Annual report of the Bengal Veterinary College and of the Civil Veterinary Department, Bengal, for the year 1913-1914 - 1913-1914
Year: 1913
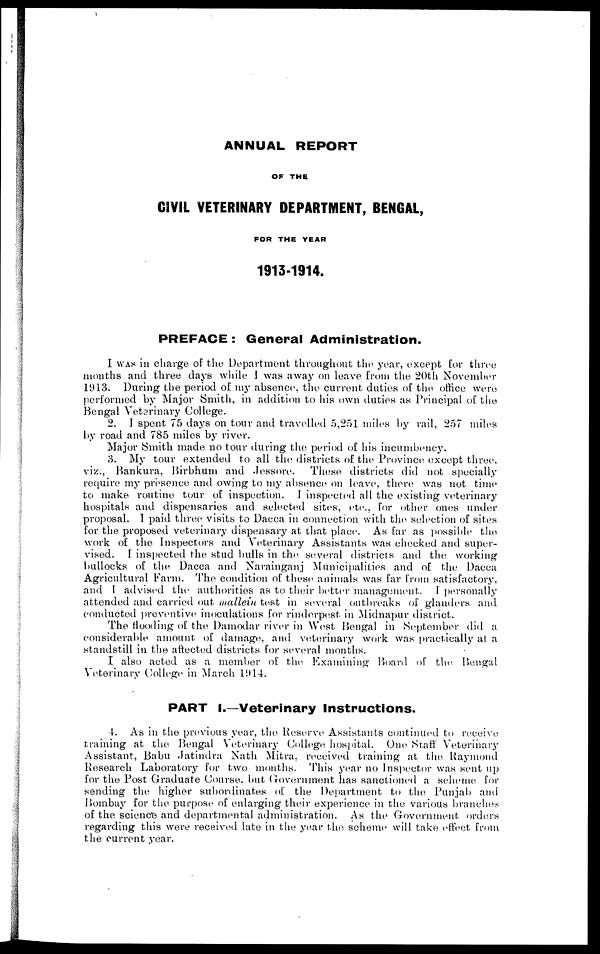
ANNUAL REPORT
OF THE
CIVIL VETERINARY DEPARTMENT, BENGAL,
FOR THE YEAR
1913-1914.
PREFACE: General Administration.
I was in charge of the Department throughout the. year, except for three
months and three days while J was away on leave from the 20th November
1913. During the period of my absence, the current duties of the office were
performed by Major Smith, in addition to his own duties as Principal of the
Bengal Veterinary College.
2. I spent 75 days on tour and travelled 5,251 miles by rail, 257 miles
by road and 785 miles by river.
Major Smith made no tour during the period of his incumbency.
3. My tour extended to all the districts of the Province except throe,
viz., Bankura, Birbhum and .Jessore. These districts did not specially
require my presence and owing to my absence on leave, there was not time
to make routine tour of inspection. J inspected all the existing veterinary
hospitals and dispensaries and selected sites, etc., for other ones under
proposal. I paid three visits to Dacca in connection with the selection of sites
for the proposed veterinary dispensary at that place. As far as possible the
work of the Inspectors and Veterinary Assistants was checked and super-
vised. I inspected the stud bulls in the several districts and the working
bullocks of the Dacca and Narainganj Municipalities and of the Dacca
Agricultural Farm. The condition of these, animals was far from satisfactory,
and I advised the authorities as to their better management. I personally
attended and carried out mallein test in several outbreaks of glanders and
conducted preventive inoculations for rinderpest in Midnapur district.
The flooding of the Damodar river in West Bengal in September did a
considerable amount of damage, and veterinary work was practically at a
standstill in the aftected districts for several months.
I also acted as a member of the Examining Board of the Bengal
Veterinary College in March 1914.
PART I.—Veterinary Instructions.
4. As in the previous year, the Reserve Assistants continued to receive
training at the Bengal Veterinary College hospital. One. Staff Veterinary
Assistant, Babu Jatindra Nath Mitra. received training at the Raymond
Research Laboratory for two months. This year no Inspector was sent up
for the Post Graduate Course. but Government has sanctioned a scheme for
sending the higher subordinates of the Department to the Punjab and
Bombay for the purpose of enlarging their experience in the various branches
of the science and departmental administration. As the Government orders
regarding this were received late in the year the scheme will take effect from
the current year.